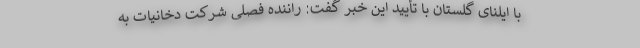
با ایلنای گلستان با تأیید این خبر گفت: راننده فصلی شرکت دخانیات به